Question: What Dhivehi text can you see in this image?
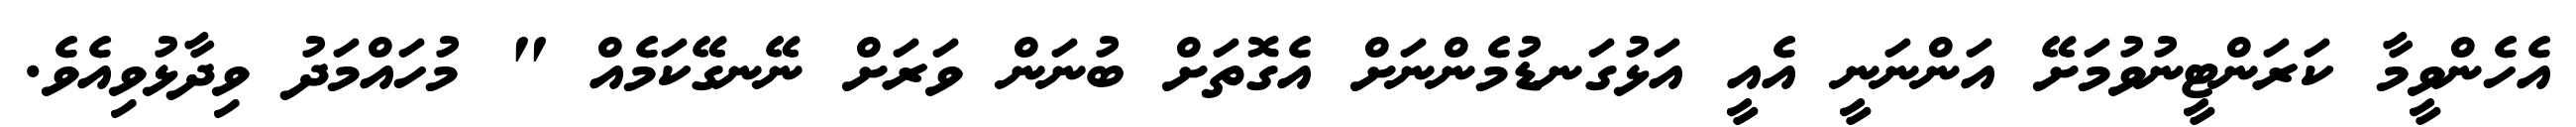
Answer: އެހެންވީމާ ކަރަންޓީނުވުމަށޭ އަންނަނީ އެއީ އަޅުގަނޑުމެންނަށް އެގޮތަށް ބުނަން ވަރަށް ނޭނގޭކަމެއް " މުހައްމަދު ވިދާޅުވިއެވެ.